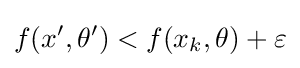
f(x',\theta ')<f(x_{k},\theta )+\varepsilon